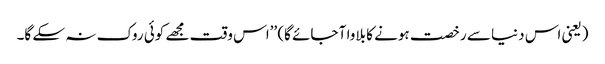
(یعنی اس دنیا سے رخصت ہونے کا بلاوا آ جائے گا) ’’اس وقت مجھے کوئی روک نہ سکے گا۔